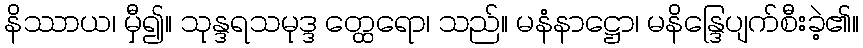
နိဿာယ၊ မှီ၍။ သုန္ဒရသမုဒ္ဒ တ္ထေရော၊ သည်။ မနံနာဋ္ဌော၊ မနိန္ဒြေပျက်စီးခဲ့၏။